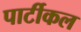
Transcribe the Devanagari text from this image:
पार्टीकल